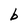
Character: b